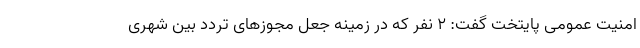
امنیت عمومی پایتخت گفت: ۲ نفر که در زمینه جعل مجوزهای تردد بین شهری